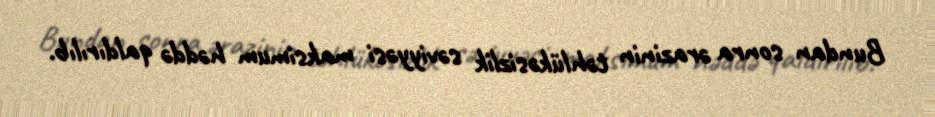
Bundan sonra ərazinin təhlükəsizlik səviyyəsi maksimum həddə qaldırılıb.